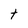
Character: h